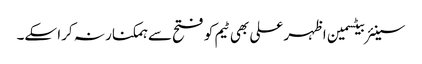
سینئر بیٹسمین اظہر علی بھی ٹیم کو فتح سے ہمکنار نہ کرا سکے۔